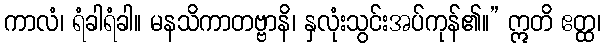
ကာလံ၊ ရံခါရံခါ။ မနသိကာတဗ္ဗာနိ၊ နှလုံးသွင်းအပ်ကုန်၏။” ဣတိ ဧတ္ထ၊